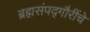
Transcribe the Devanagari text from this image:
ब्रह्मसंपद्गौरींचे